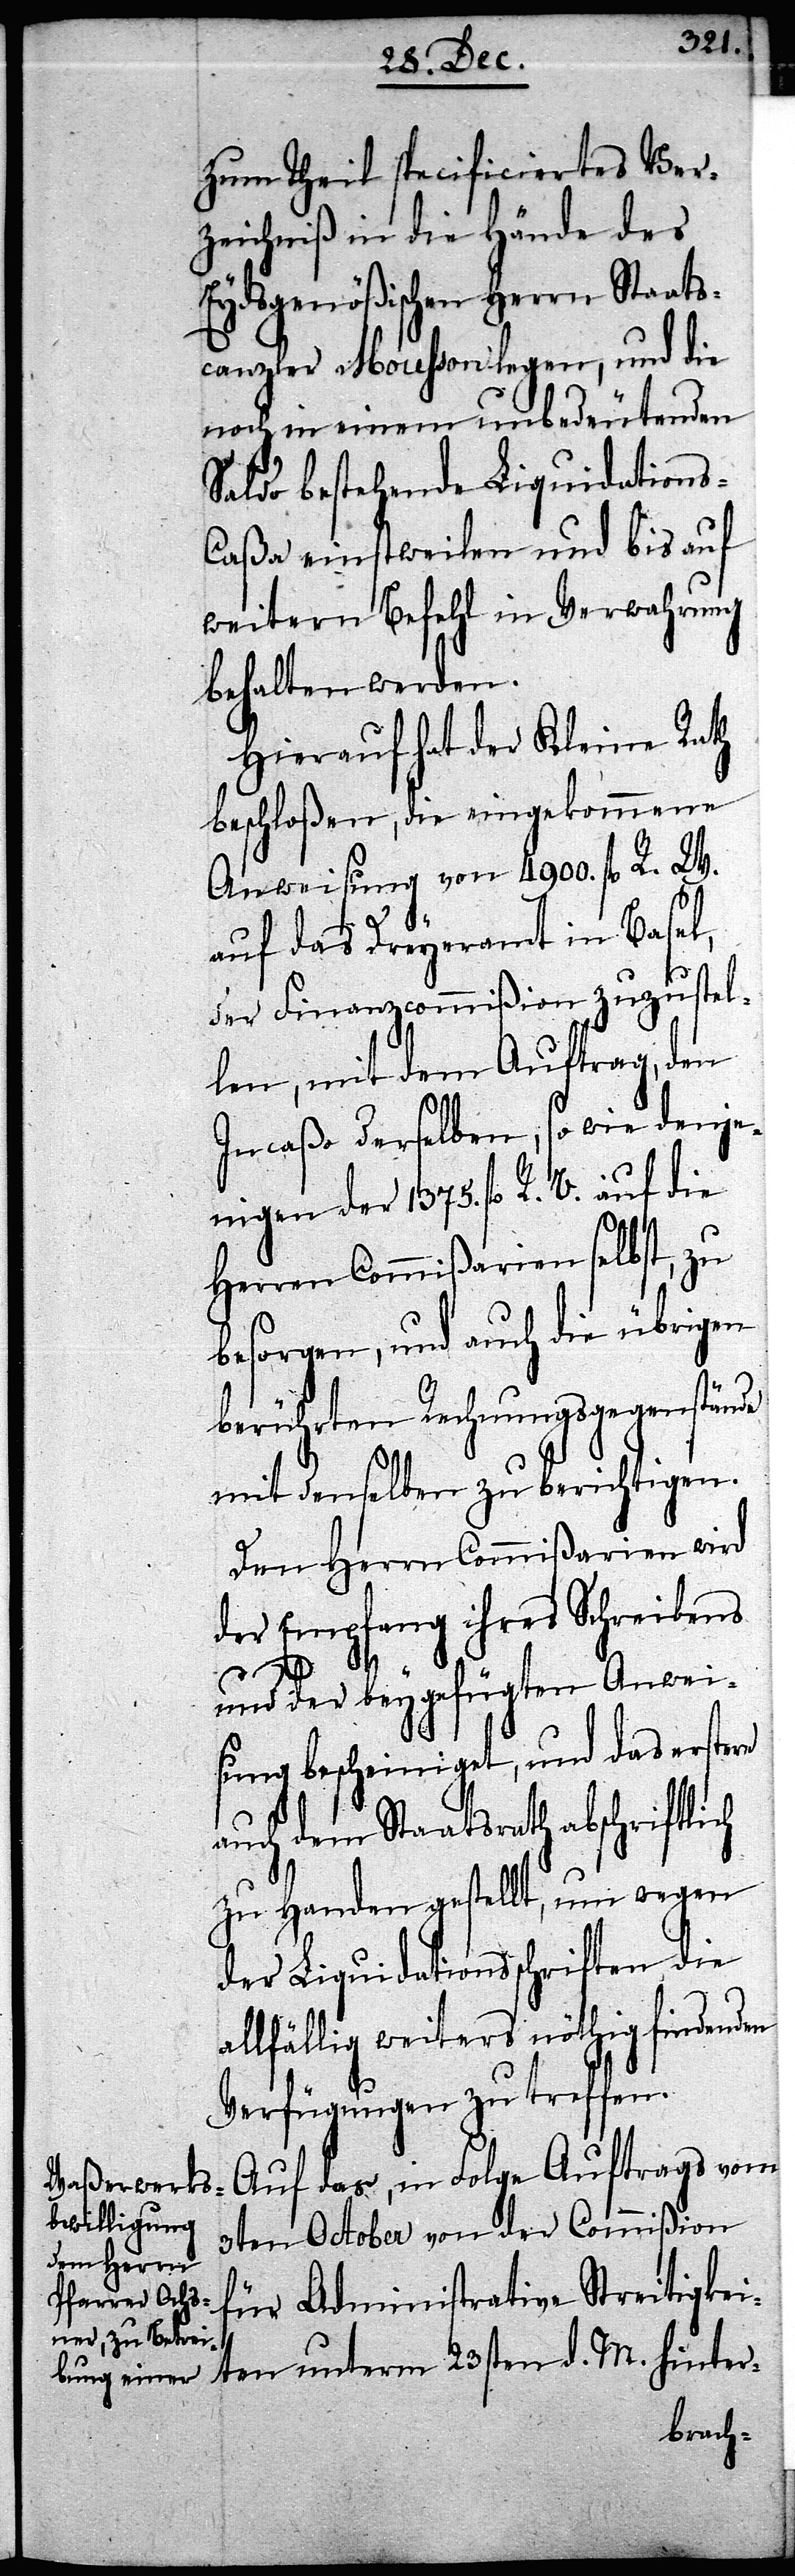
zum Theil specificiertes Ver¬
zeichniß in die Hände des
Eydsgenößischen Herrn Staats¬
canzler Mousson legen, und die
noch in einem unbedeutenden
Saldo bestehende Liquidation¬
s-Caßa einstweilen und bis auf
weitern Befehl in Verwahrung
behalten werden.
Hierauf hat der Kleine Rath
beschloßen, die eingekommene
Anweisung von 4900. fl R. W.
auf das Dreyeramt in Basel,
der Finanzcommißion zuzustel¬
len, mit dem Auftrag, den
Incaßo derselben, so wie denje¬
nigen der 1375. fl R. V. auf die
Herren Commißarien selbst, zu
besorgen, und auch die übrigen
berührten Rechnungsgegenstände
mit denselben zu berichtigen.
Den Herrn Commißarien wird
der Empfang ihres Schreibens
d. M.
ten
und der beygefügten Anwei¬
sung bescheiniget, und das erstere
auch dem Staatsrath abschriftlich
zu Handen gestellt, um wegen
der Liquidationsschriften die
allfällig weiters nöthig findenden
Verfügungen zu treffen.
Auf das, in Folge Auftrags vom
3ten October von der Commißion
für Administrative Streitigkei¬